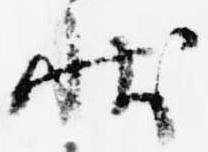
状